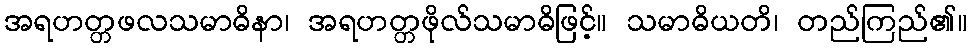
အရဟတ္တဖလသမာဓိနာ၊ အရဟတ္တဖိုလ်သမာဓိဖြင့်။ သမာဓိယတိ၊ တည်ကြည်၏။